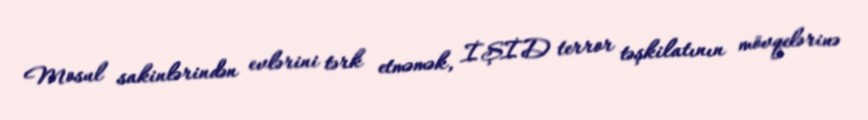
Mosul sakinlərindən evlərini tərk etməmək, İŞİD terror təşkilatının mövqelərinə